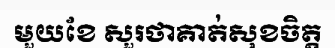
មួយខែ សួរថាគាត់សុខចិត្ត